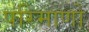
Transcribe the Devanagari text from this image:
परिमाणो